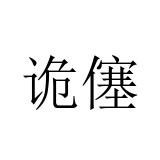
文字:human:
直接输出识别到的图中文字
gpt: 诡僿